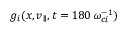
g _ { i } ( x , v _ { \parallel } , t = 1 8 0 \, \omega _ { c i } ^ { - 1 } )